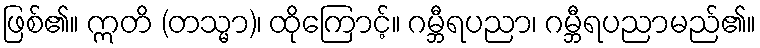
ဖြစ်၏။ ဣတိ (တသ္မာ)၊ ထိုကြောင့်။ ဂမ္ဘီရပညာ၊ ဂမ္ဘီရပညာမည်၏။